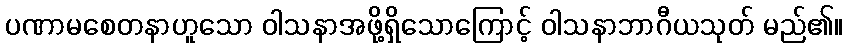
ပဏာမစေတနာဟူသော ဝါသနာအဖို့ရှိသောကြောင့် ဝါသနာဘာဂီယသုတ် မည်၏။